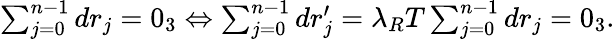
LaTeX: \begin{array}{r}{\sum_{j=0}^{n-1}dr_{j}=0_{3}\Leftrightarrow\sum_{j=0}^{n-1}dr_{j}^{\prime}=\lambda_{R}T\sum_{j=0}^{n-1}dr_{j}=0_{3}.}\end{array}